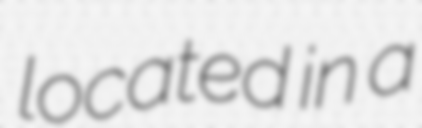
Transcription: located in a